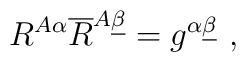
R^{A\alpha}\overline R^{A\underline \beta} = g^{\alpha \underline \beta}\ ,